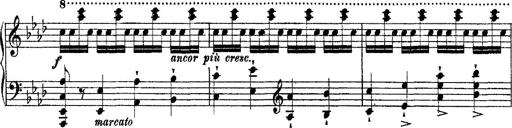
Title: Ã‰tudes d'exÃ©cution transcendante d'aprÃ¨s Paganini
Composer: Franz Liszt